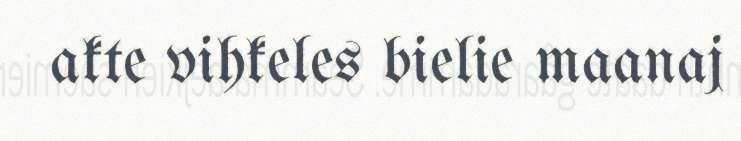
akte vihkeles bielie maanaj